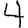
Digit: 4